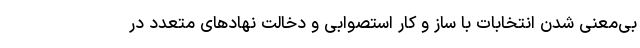
بی‌معنی شدن انتخابات با ساز و کار استصوابی و دخالت نهادهای متعدد در